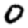
Digit: 0